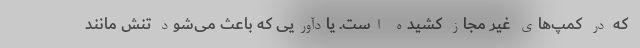
که در کمپ‌های غیر مجاز کشیده است. یادآوریی که باعث می‌شود تنش مانند